Annual report of the Imperial Bacteriologist
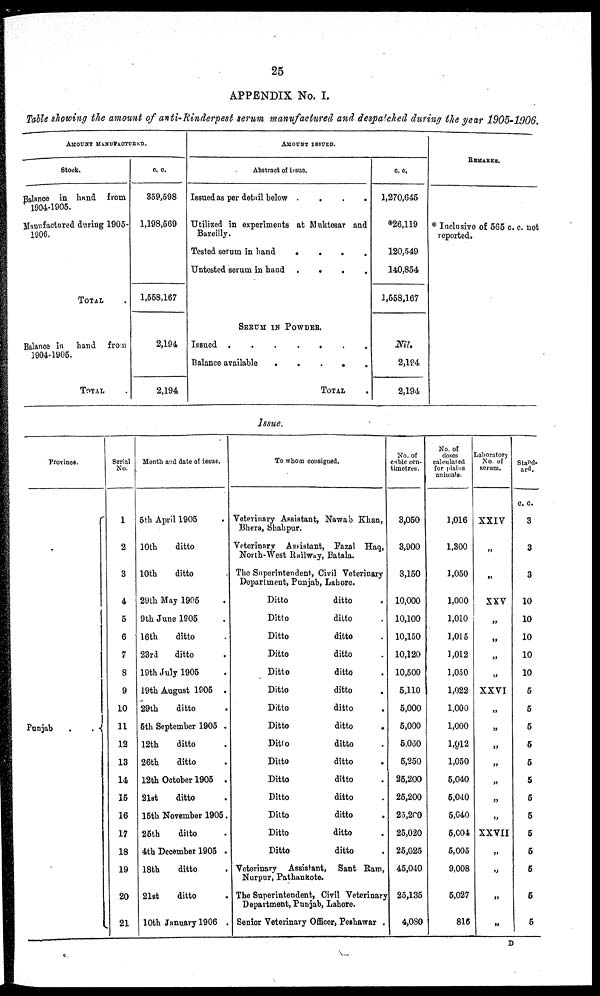
25
APPENDIX No. I.
Table showing the amount of anti-Rinderpest serum manufactured and despatched during the year 1905-1906.
AMOUNT MANUFACTURED.
Stock.
Balance in hand from
1904-1905.
Manufactured during 1905-
1906.
TOTAL
Balance in hand from
1904-1905.
TOTAL
c. c.
359,598
1,198,569
1,558,167
2,194
2,194
AMOUNT ISSUED.
Abstract of issue.
Issued as per detail below
....
Utilized in experiments at Muktesar and
Bareilly.
Tested serum in hand
.
.
.
.
Untested serum in hand .
.
.
.
SERUM IN POWDER.
Issued
Balance available
.
.
.
.
.
TOTAL
c.c.
1,270,645
*26,119
120,549
140,854
1,558,167
Nil.
2,194
2,194
REMARKS.
* Inclusive of 565 c.c.
reported.
Issue.
Province.
Punjab
.
. {
Serial
No.
1
2
3
4
5
6
7
8
9
10
11
12
13
14
15
16
17
18
19
20
21
Month and date of issue.
5th April 1905
10th
ditto
10th
ditto
29th May 1905
9th June 1905
16th
ditto
23rd
ditto
19th July 1905
19th August 1905 .
29th
ditto
5th September 1905 .
12th
ditto
26th
ditto
12th October 1905 .
21st
ditto
15th November 1905.
25th
ditto
4th December 1905 .
18th
ditto
21st
ditto
10th January 1906 .
To whom consigned.
Veterinary Assistant, Nawab Khan,
Bhera, Shahpur.
Veterinary Assistant, Fazal Haq,
North-West Railway, Batala.
The Superintendent, Civil Veterinary
Department, Punjab, Lahore.
Ditto
ditto
Ditto
ditto
Ditto
ditto
Ditto
ditto
Ditto
ditto
Ditto
ditto
.
Ditto
ditto
Ditto
ditto
.
Ditto
ditto
Ditto
ditto
Ditto
ditto
Ditto
ditto
Ditto
ditto
Ditto
ditto
Ditto
ditto
Veterinary Assistant, Sant Ram,
Nurpur, Pathankote.
The Superintendent, Civil Veterinary
Department, Punjab, Lahore.
Senior Veterinary Officer, Peshawar .
No. of
cubic cen-
timetres.
3,050
3,900
3,150
10,000
10,100
10,150
10,120
10,500
5,110
5,000
5,000
5,060
5,250
25,200
25,200
25,200
25,020
25,025
45,040
25,135
4,080
No. of
doses
calculated
for plains
animals.
1,016
1,300
1,050
1,000
1,010
1,015
1,012
1,050
1,022
1,000
1,000
1.012
1,050
5,040
5,040
5,040
5,004
5,005
9,008
5,027
816
Laboratory
No. of
serum.
XXIV
„
„
XXV
„
„
„
„
XXVI
„
„
„
„
„
„
„
XXVII
„
„
„
„
Stand-
ard.
c. c.
3
3
3
10
10
10
10
10
5
5
5
5
5
5
5
5
5
5
5
5
5
D